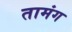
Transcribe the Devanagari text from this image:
तामंग